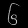
Digit: ၆